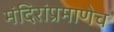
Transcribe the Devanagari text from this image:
मंदिरांप्रमाणेच